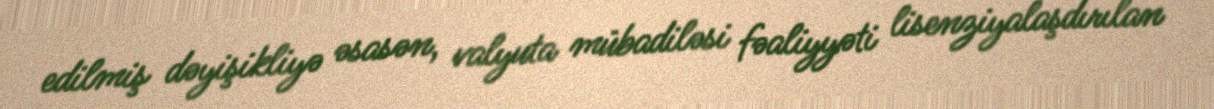
edilmiş dəyişikliyə əsasən, valyuta mübadiləsi fəaliyyəti lisenziyalaşdırılan